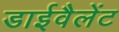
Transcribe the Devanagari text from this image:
डाईवैलेंट